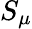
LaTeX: S_{\mu}